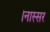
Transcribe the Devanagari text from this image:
।नास्सर